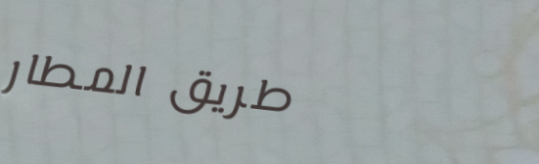
طريق المطار